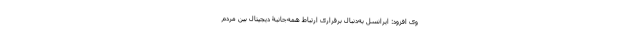
وی افزود: ایرانسل به‌دنبال برقراری ارتباط همه‌جانبۀ دیجیتال بین مردم